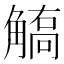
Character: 𧤦